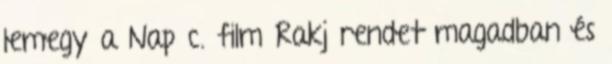
lemegy a Nap c. film Rakj rendet magadban és